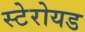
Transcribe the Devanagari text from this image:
स्टेरोयड